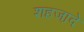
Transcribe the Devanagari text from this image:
शहजा़दे